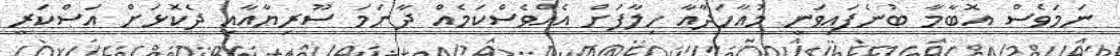
ނަމަވެސް އޮބާމާ ބުނެފައިވަނީ މުއާހަދާއާ ހިލާފަށް އެއްވެސްކަމެއް ދާނަމަ ސޫރިޔާއާއި ދެކޮޅަށް އަސްކަރީ